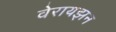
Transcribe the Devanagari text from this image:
वेरायझन